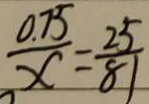
\frac { 0 . 7 5 } { x } = \frac { 2 5 } { 8 1 }